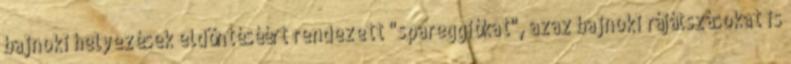
bajnoki helyezések eldöntéséért rendezett "spareggiókat", azaz bajnoki rájátszásokat is